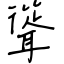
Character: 聳